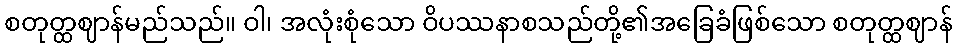
စတုတ္ထဈာန်မည်သည်။ ဝါ၊ အလုံးစုံသော ဝိပဿနာစသည်တို့၏အခြေခံဖြစ်သော စတုတ္ထဈာန်